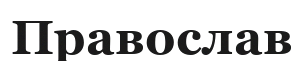
Православ